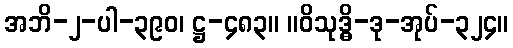
အဘိ-၂-ပါ-၃၉၀၊ ဋ္ဌ-၄၈၃။ ။ဝိသုဒ္ဓိ-ဒု-အုပ်-၃၂၄။